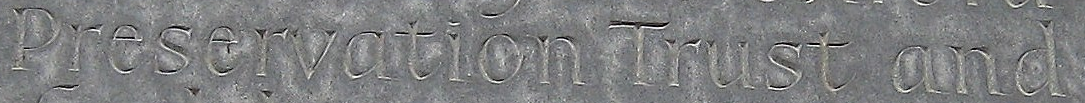
Preservation Trust and